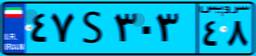
۵۱S۸۱۹۵۰